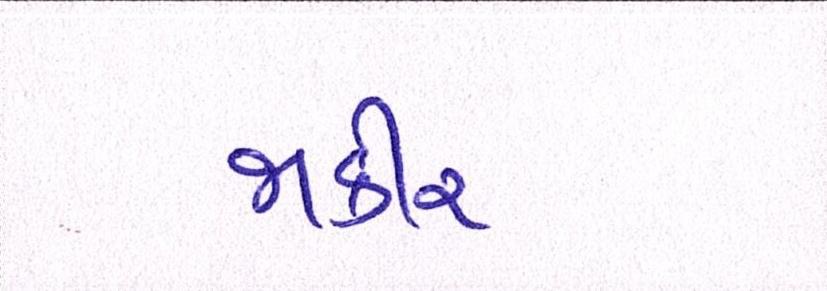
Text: જાકીર